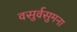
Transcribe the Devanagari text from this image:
वसुर्वसुमना